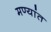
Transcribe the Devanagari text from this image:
मण्यांत